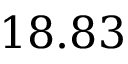
1 8 . 8 3